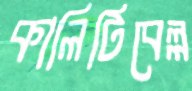
কালিটিবেল্ল